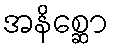
အနိစ္ဆော